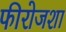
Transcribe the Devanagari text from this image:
फीरोजशा